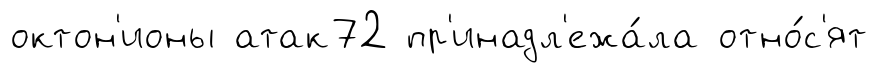
октон'ионы атак72 пр'инадл'ежа́ла отно́с'ят